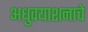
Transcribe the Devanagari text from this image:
अधुवयाशनाचे